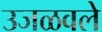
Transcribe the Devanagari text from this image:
उजळवले